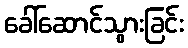
ခေါ်ဆောင်သွားခြင်း